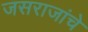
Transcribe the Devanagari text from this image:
जसराजांचे